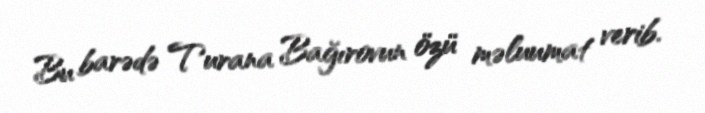
Bu barədə Turana Bağırovun özü məluumat verib.